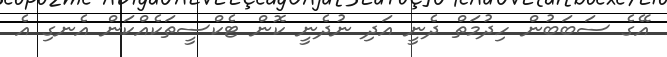
އޭގެ ސަބަބުން ހިދުމަތް ދެނީ އަދި ނުދެނީ ކޮން ޓެކްސީތަކެއްކަން އެެނގި އެ